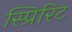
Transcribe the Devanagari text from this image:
स्प्रिरिट